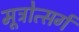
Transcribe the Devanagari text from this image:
मूत्रोत्सर्ग